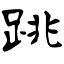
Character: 跳